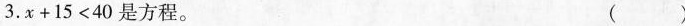
3.x+15<40是方程。 ()